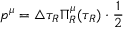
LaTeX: p ^ { \mu } = \triangle \tau _ { R } \Pi _ { R } ^ { \mu } ( \tau _ { R } ) \cdot \frac 1 2